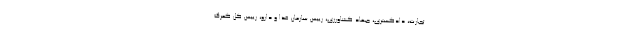
تجارت، دادگستری، جهاد کشاورزی، رییس سازمان غذا و دارو، رییس کل گمرک